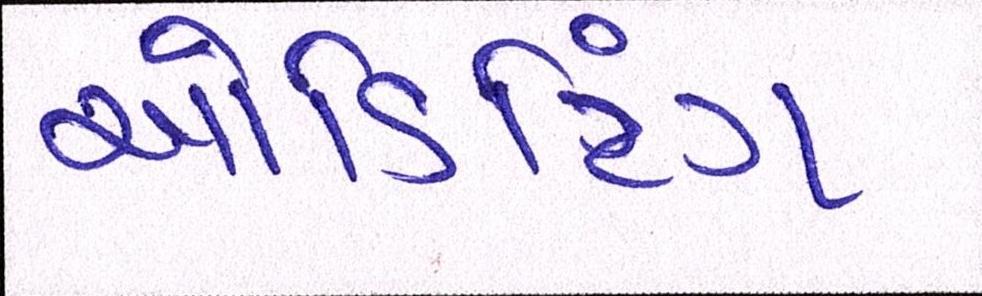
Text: ઓડિટિંગ